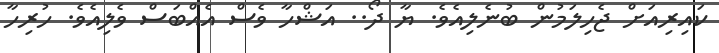
ކައިރިއަށް ޖެހިލަމުން ބުނެލިއެވެ. ޔާ ދޯ.. އަޝްހާ ވެސް އެއްބަސް ވެލިއެވެ. ހުރިހާ